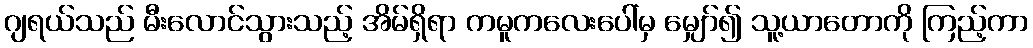
ဂျရယ်သည် မီးလောင်သွားသည့် အိမ်ရှိရာ ကမူကလေးပေါ်မှ မျှော်၍ သူ့ယာတောကို ကြည့်ကာ